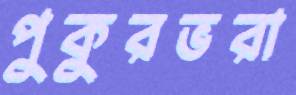
পুকুরভরা